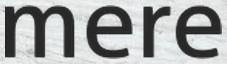
mere